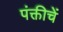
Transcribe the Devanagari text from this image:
पंक्तीचें